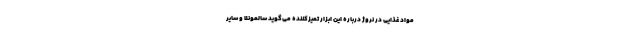
مواد غذایی در نروژ درباره این ابزار تمیزکننده می‌گوید سالمونلا و سایر